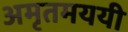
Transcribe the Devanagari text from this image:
अमृतमययी